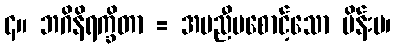
၄။ ဘဂိနိရက္ခိတာ = အမညီမစောင့်သော မိန်းမ၊